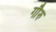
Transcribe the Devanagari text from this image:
गौरु